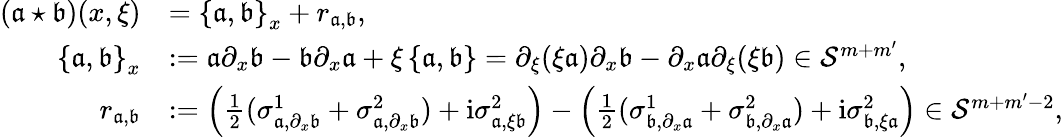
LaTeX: \begin{array}{rl}{(\mathfrak{a}\star\mathfrak{b})(x,\xi)}&{=\left\{ \mathfrak{a},\mathfrak{b}\right\} _{x}+r_{\mathfrak{a},\mathfrak{b}},}\\ {\left\{ \mathfrak{a},\mathfrak{b}\right\} _{x}}&{:=\mathfrak{a}\partial_{x}\mathfrak{b}-\mathfrak{b}\partial_{x}\mathfrak{a}+\xi\left\{ \mathfrak{a},\mathfrak{b}\right\} =\partial_{\xi}(\xi\mathfrak{a})\partial_{x}\mathfrak{b}-\partial_{x}\mathfrak{a}\partial_{\xi}(\xi\mathfrak{b})\in\mathcal{S}^{m+m^{\prime}},}\\ {r_{\mathfrak{a},\mathfrak{b}}}&{:=\left(\frac{1}{2}(\sigma_{\mathfrak{a},\partial_{x}\mathfrak{b}}^{1}+\sigma_{\mathfrak{a},\partial_{x}\mathfrak{b}}^{2})+\mathrm{i}\sigma_{\mathfrak{a},\xi\mathfrak{b}}^{2}\right)-\left(\frac{1}{2}(\sigma_{\mathfrak{b},\partial_{x}\mathfrak{a}}^{1}+\sigma_{\mathfrak{b},\partial_{x}\mathfrak{a}}^{2})+\mathrm{i}\sigma_{\mathfrak{b},\xi\mathfrak{a}}^{2}\right)\in\mathcal{S}^{m+m^{\prime}-2},}\end{array}